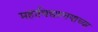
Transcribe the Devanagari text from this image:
महाविद्यालयाच्‍या